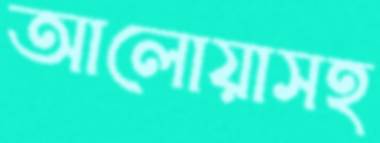
আলোয়াসহ